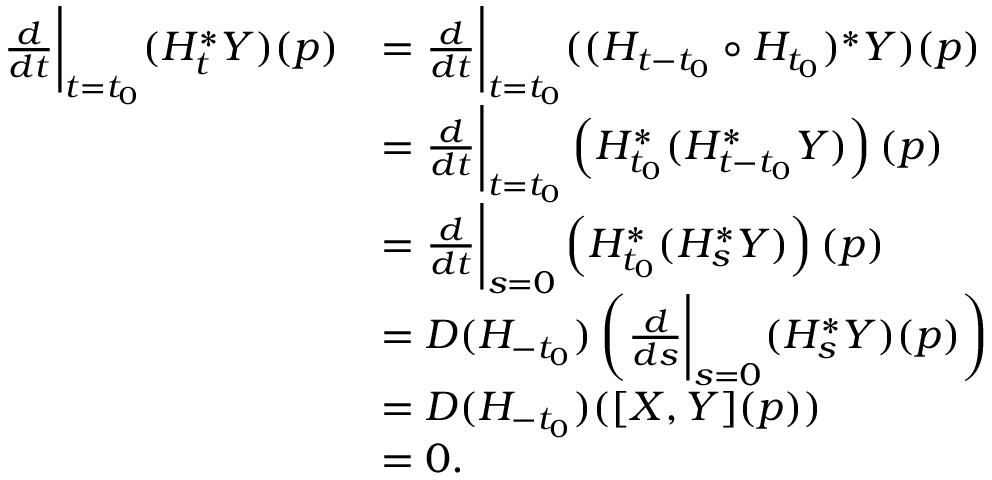
\begin{array} { r l } { \frac { d } { d t } \bigg \vert _ { t = t _ { 0 } } ( H _ { t } ^ { * } Y ) ( p ) } & { = \frac { d } { d t } \bigg \vert _ { t = t _ { 0 } } ( ( H _ { t - t _ { 0 } } \circ H _ { t _ { 0 } } ) ^ { * } Y ) ( p ) } \\ & { = \frac { d } { d t } \bigg \vert _ { t = t _ { 0 } } \left( H _ { t _ { 0 } } ^ { * } ( H _ { t - t _ { 0 } } ^ { * } Y ) \right) ( p ) } \\ & { = \frac { d } { d t } \bigg \vert _ { s = 0 } \left( H _ { t _ { 0 } } ^ { * } ( H _ { s } ^ { * } Y ) \right) ( p ) } \\ & { = D ( H _ { - t _ { 0 } } ) \left( \frac { d } { d s } \bigg \vert _ { s = 0 } ( H _ { s } ^ { * } Y ) ( p ) \right) } \\ & { = D ( H _ { - t _ { 0 } } ) ( [ X , Y ] ( p ) ) } \\ & { = 0 . } \end{array}